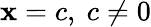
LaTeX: \mathbf{x}=c,\ c\neq0